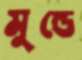
মুন্ডে